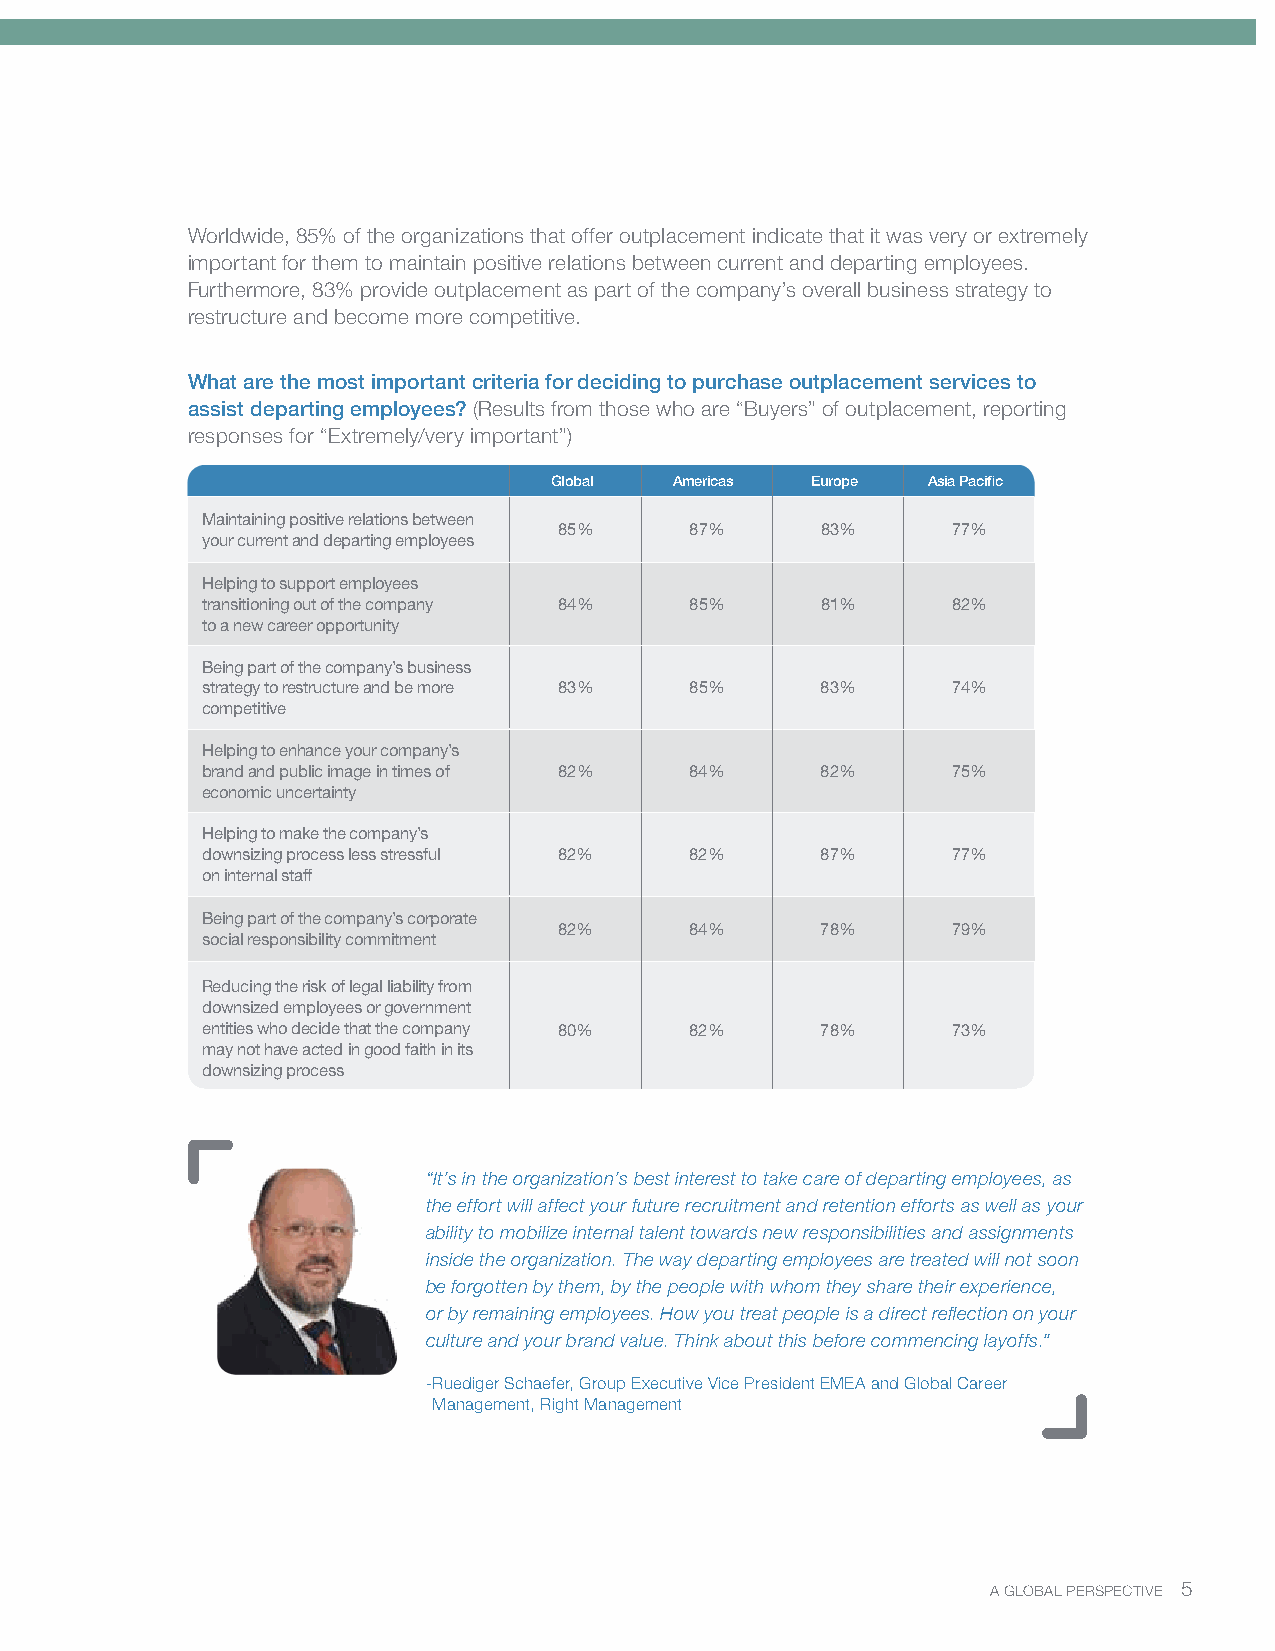
Worldwide, 85% of the organizations that offer outplacement indicate that it was very or extremely
 important for them to maintain positive relations between current and departing employees.
 Furthermore, 83% provide outplacement as part of the company’s overall business strategy to
 restructure and become more competitive.
 What are the most important criteria for deciding to purchase outplacement services to
 assist departing employees? (Results from those who are “Buyers” of outplacement, reporting
 responses for “Extremely/very important”)
 Global   Americas Europe Asia Pacific
 Maintaining positive relations between
 85%      87%     83%      77%
 your current and departing employees
 Helping to support employees
 transitioning out of the company 84% 85% 81%      82%
 to a new career opportunity
 Being part of the company’s business
 strategy to restructure and be more 83% 85% 83%   74%
 competitive
 Helping to enhance your company’s
 brand and public image in times of 82% 84% 82%    75%
 economic uncertainty
 Helping to make the company’s
 downsizing process less stressful 82% 82% 87%     77%
 on internal staff
 Being part of the company’s corporate
 82%      84%     78%      79%
 social responsibility commitment
 Reducing the risk of legal liability from
 downsized employees or government
 entities who decide that the company 80% 82% 78%  73%
 may not have acted in good faith in its
 downsizing process
 “It’s in the organization’s best interest to take care of departing employees, as
 the effort will affect your future recruitment and retention efforts as well as your
 ability to mobilize internal talent towards new responsibilities and assignments
 inside the organization. The way departing employees are treated will not soon
 be forgotten by them, by the people with whom they share their experience,
 or by remaining employees. How you treat people is a direct reflection on your
 culture and your brand value. Think about this before commencing layoffs.”
 - Ruediger Schaefer, Group Executive Vice President EMEA and Global Career
 Management, Right Management
 AA GGLLOOBBAALL PPEERRSSPPEECCTTIIVVEE 55